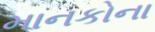
માનકોના